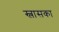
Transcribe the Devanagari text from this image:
स्लासका